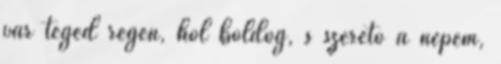
vár téged régen, hol boldog, s szerető a népem,